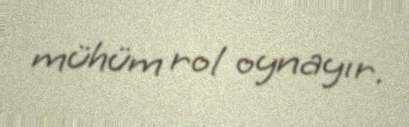
mühüm rol oynayır.